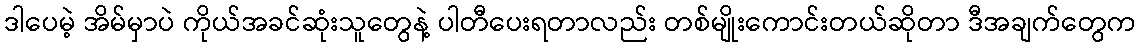
ဒါပေမဲ့ အိမ်မှာပဲ ကိုယ်အခင်ဆုံးသူတွေနဲ့ ပါတီပေးရတာလည်း တစ်မျိုးကောင်းတယ်ဆိုတာ ဒီအချက်တွေက